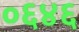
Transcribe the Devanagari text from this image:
०६४६